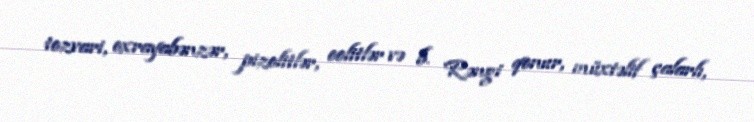
tozvari, oxrayabənzər, pizolitlər, oolitlər və b. Rəngi qonur, müxtəlif çalarlı,